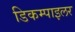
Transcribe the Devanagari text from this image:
डिकम्पाइलर